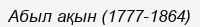
Абыл ақын (1777-1864)